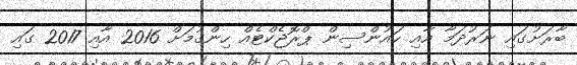
ބާރަށުގައި ނަރުދަމާ އާއި ހައުންސިން ޕްރޮޖެކްޓެއް ހިންގުމަށް 2016 އާއި 2017 ގައި